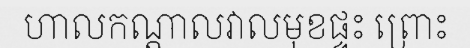
ហាលកណ្តាលវាលមុខផ្ទះ ព្រោះ